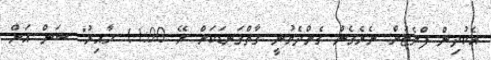
އެކުދިން ފްލެޓުން ނެރެގެން ގެންދެވުނީ ގާތްގަނޑަކަށް ރޭ 11:00 ހާއިރު" ސަން އަށް